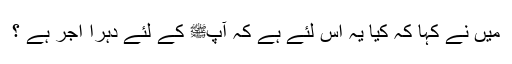
میں نے کہا کہ کیا یہ اس لئے ہے کہ آپﷺ کے لئے دہرا اجر ہے ؟